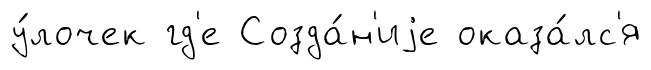
у́лочек гд'е Созда́н'иjе оказа́лс'я